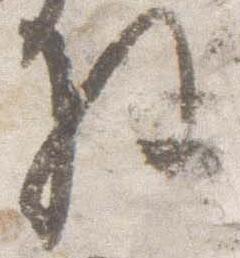
将